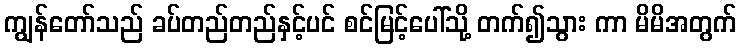
ကျွန်တော်သည် ခပ်တည်တည်နှင့်ပင် စင်မြင့်ပေါ်သို့ တက်၍သွား ကာ မိမိအတွက်